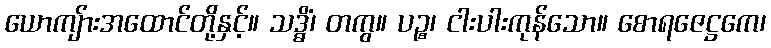
ယောကျ်ားအထောင်တို့နှင့်။ သဒ္ဓိံ၊ တကွ။ ပဉ္စ၊ ငါးပါးကုန်သော။ စောရဇေဋ္ဌကေ၊